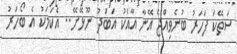
ސަތޭކަ ފަހަރު ބުނެވިއްޖެ އޭނާ އާއެކު އަބަދު ނޫޅޭށޭ.. އެކަމަކު އެ ބޯހަރު